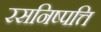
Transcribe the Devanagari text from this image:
रसनिष्पत्ति